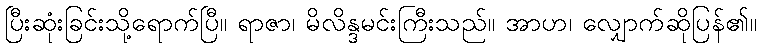
ပြီးဆုံးခြင်းသို့ရောက်ပြီ။ ရာဇာ၊ မိလိန္ဒမင်းကြီးသည်။ အာဟ၊ လျှောက်ဆိုပြန်၏။